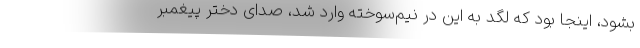
بشود، اینجا بود که لگد به این در نیم‌سوخته وارد شد، صدای دختر پیغمبر